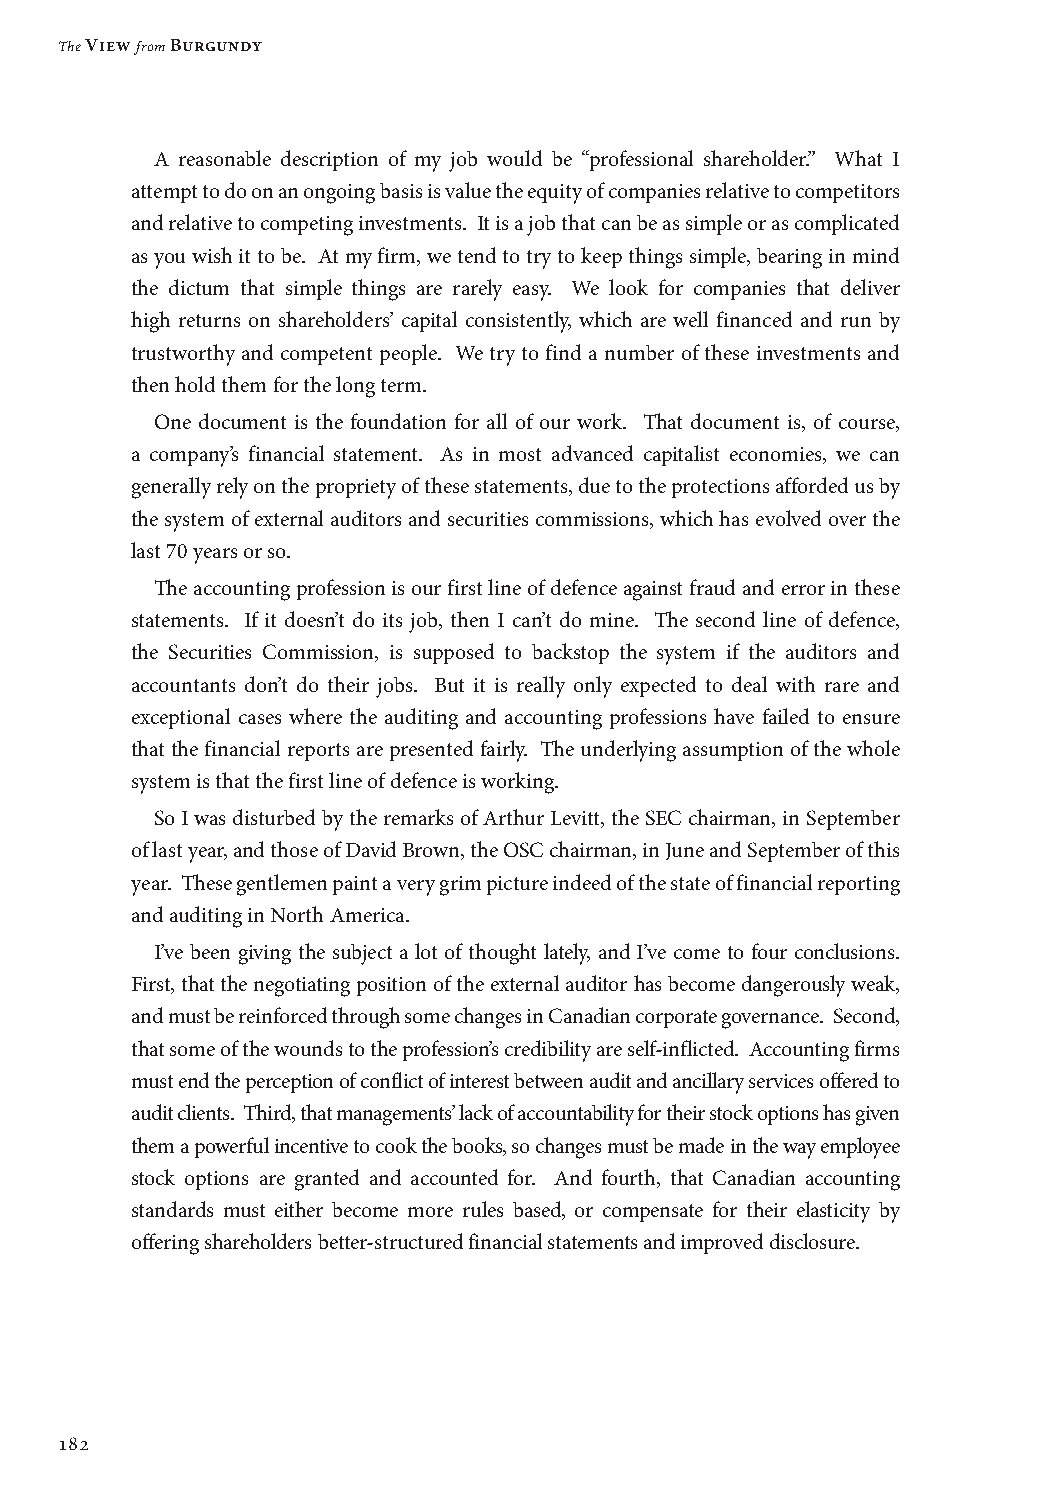
The View from Burgundy
 A reasonable description of my job would be “professional shareholder.” What I
 attempt to do on an ongoing basis is value the equity of companies relative to competitors
 and relative to competing investments. It is a job that can be as simple or as complicated
 as you wish it to be. At my firm, we tend to try to keep things simple, bearing in mind
 the dictum that simple things are rarely easy. We look for companies that deliver
 high returns on shareholders’ capital consistently, which are well financed and run by
 trustworthy and competent people. We try to find a number of these investments and
 then hold them for the long term.
 One document is the foundation for all of our work. That document is, of course,
 a company’s financial statement. As in most advanced capitalist economies, we can
 generally rely on the propriety of these statements, due to the protections afforded us by
 the system of external auditors and securities commissions, which has evolved over the
 last 70 years or so.
 The accounting profession is our first line of defence against fraud and error in these
 statements. If it doesn’t do its job, then I can’t do mine. The second line of defence,
 the Securities Commission, is supposed to backstop the system if the auditors and
 accountants don’t do their jobs. But it is really only expected to deal with rare and
 exceptional cases where the auditing and accounting professions have failed to ensure
 that the financial reports are presented fairly. The underlying assumption of the whole
 system is that the first line of defence is working.
 So I was disturbed by the remarks of Arthur Levitt, the SEC chairman, in September
 of last year, and those of David Brown, the OSC chairman, in June and September of this
 year. These gentlemen paint a very grim picture indeed of the state of financial reporting
 and auditing in North America.
 I’ve been giving the subject a lot of thought lately, and I’ve come to four conclusions.
 First, that the negotiating position of the external auditor has become dangerously weak,
 and must be reinforced through some changes in Canadian corporate governance. Second,
 that some of the wounds to the profession’s credibility are self-inflicted. Accounting firms
 must end the perception of conflict of interest between audit and ancillary services offered to
 audit clients. Third, that managements’ lack of accountability for their stock options has given
 them a powerful incentive to cook the books, so changes must be made in the way employee
 stock options are granted and accounted for. And fourth, that Canadian accounting
 standards must either become more rules based, or compensate for their elasticity by
 offering shareholders better-structured financial statements and improved disclosure.
 182